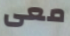
معى